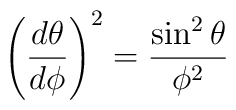
\left({d\theta \over d\phi}\right)^2 = {\sin^2 \theta \over\phi^2}